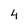
Character: 4